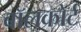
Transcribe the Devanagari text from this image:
बॉलकोर्ट